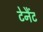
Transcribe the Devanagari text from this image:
टेनैंट